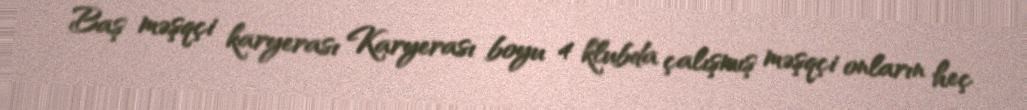
Baş məşqçi karyerası Karyerası boyu 4 klubda çalışmış məşqçi onların heç